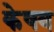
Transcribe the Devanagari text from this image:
केषव